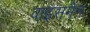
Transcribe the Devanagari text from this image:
वाइसमैन